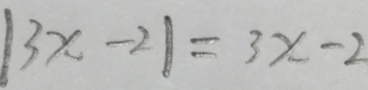
\vert 3 x - 2 \vert = 3 x - 2